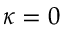
\kappa = 0